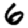
Digit: 6